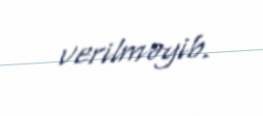
verilməyib.